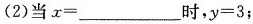
(2)当x=_________时，y=3；